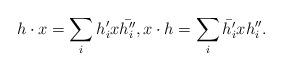
LaTeX: \begin{align*}h\cdot x = \sum_i h'_ix\bar{h_i''},x\cdot h = \sum_i \bar{h'_i}xh_i''.\end{align*}